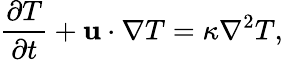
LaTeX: {\frac{\partial{T}}{\partial t}+{\mathbf u}\cdot\nabla{T}}={{\kappa}{\nabla^{2}}{T}},